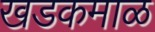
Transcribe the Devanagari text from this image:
खडकमाळ